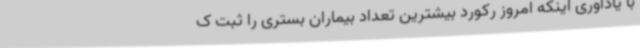
با یادآوری اینکه امروز رکورد بیشترین تعداد بیماران بستری را ثبت ک